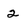
Character: 2